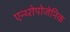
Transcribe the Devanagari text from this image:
एन्थ्‍रोपोजेनिक